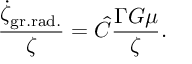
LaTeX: { \frac { \dot { \zeta } _ { \mathrm { g r . r a d . } } } { \zeta } } = \hat { C } { \frac { \Gamma G \mu } { \zeta } } .